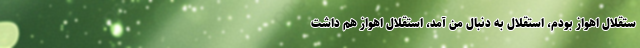
ستقلال اهواز بودم، استقلال به دنبال من آمد، استقلال اهواز هم داشت